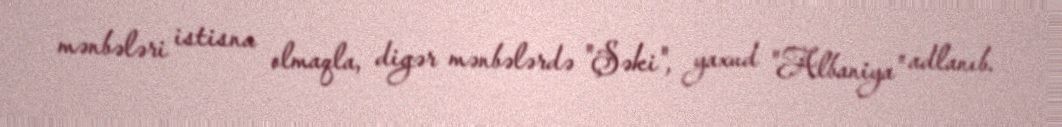
mənbələri istisna olmaqla, digər mənbələrdə "Şəki", yaxud "Albaniya" adlanıb.